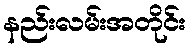
နည်းလမ်းအတိုင်း